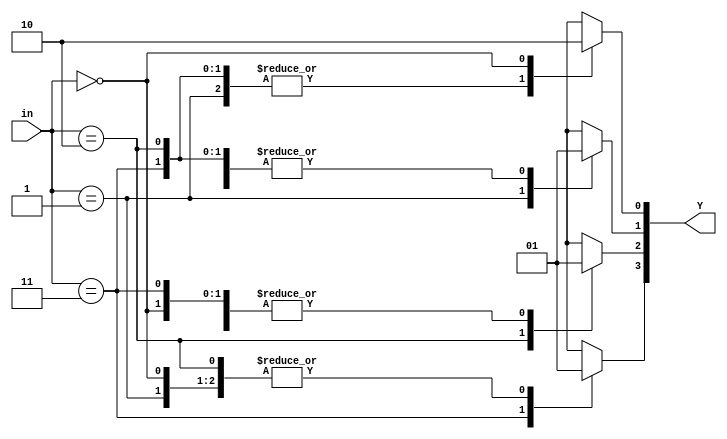
`timescale 1ns / 1ps
//////////////////////////////////////////////////////////////////////////////////
// Company: 
// Engineer: 
// 
// Design Name: 
// Module Name: decoder
// Project Name: 
// Target Devices: 
// Tool Versions: 
// Description: 
// 
// Dependencies: 
// 
// Revision:
// Revision 0.01 - File Created
// Additional Comments:
// 
//////////////////////////////////////////////////////////////////////////////////


module decoder(input [0:1] in , output reg [0:3] Y);

always @(*)begin
case(in)
2'b11 : begin Y[0]=0 ; Y[1]=1 ; Y[2]=1; Y[3]=1; end
2'b10: begin Y[0]=1 ; Y[1]=0 ; Y[2]=1; Y[3]=1; end
2'b01 : begin Y[0]=1 ; Y[1]=1 ; Y[2]=0; Y[3]=1; end
2'b00 : begin Y[0]=1 ; Y[1]=1 ; Y[2]=1; Y[3]=0; end
endcase
end
endmodule